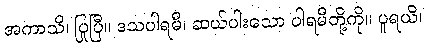
အကာသိ၊ ပြုပြီ။ ဒသပါရမီ၊ ဆယ်ပါးသော ပါရမီတို့ကို။ ပူရယိ၊